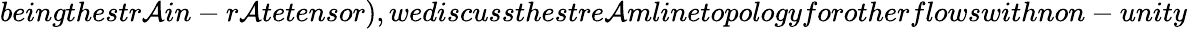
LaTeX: beingthestr\mathcal{A}in-r\mathcal{A}tetensor),wediscussthestre\mathcal{A}mlinetopologyforotherflowswithnon-unity